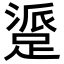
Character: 𬧁